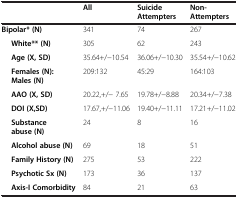
<table><thead><tr><td><b> </b></td><td><b>All</b></td><td><b>Suicide Attempters</b></td><td><b>Non-Attempters</b></td></tr></thead><tbody><tr><td><b>Bipolar* (N)</b></td><td>341</td><td>74</td><td>267</td></tr><tr><td><b>White** (N)</b></td><td>305</td><td>62</td><td>243</td></tr><tr><td><b>Age (X, SD)</b></td><td>35.64+/-10.54</td><td>36.06+/-10.30</td><td>35.54+/-10.62</td></tr><tr><td><b>Females (N): Males (N)</b></td><td>209:132</td><td>45:29</td><td>164:103</td></tr><tr><td><b>AAO (X, SD)</b></td><td>20.22,+/- 7.65</td><td>19.78+/-8.88</td><td>20.34+/-7.38</td></tr><tr><td><b>DOI (X,SD)</b></td><td>17.67,+/-11.06</td><td>19.40+/-11.11</td><td>17.21+/-11.02</td></tr><tr><td><b>Substance abuse (N)</b></td><td>24</td><td>8</td><td>16</td></tr><tr><td><b>Alcohol abuse (N)</b></td><td>69</td><td>18</td><td>51</td></tr><tr><td><b>Family History (N)</b></td><td>275</td><td>53</td><td>222</td></tr><tr><td><b>Psychotic Sx (N)</b></td><td>173</td><td>36</td><td>137</td></tr><tr><td><b>Axis-I Comorbidity</b></td><td>84</td><td>21</td><td>63</td></tr></tbody></table>